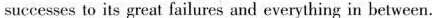
successes to its great failures and everything in between.